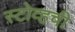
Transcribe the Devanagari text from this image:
स्टोव्हची